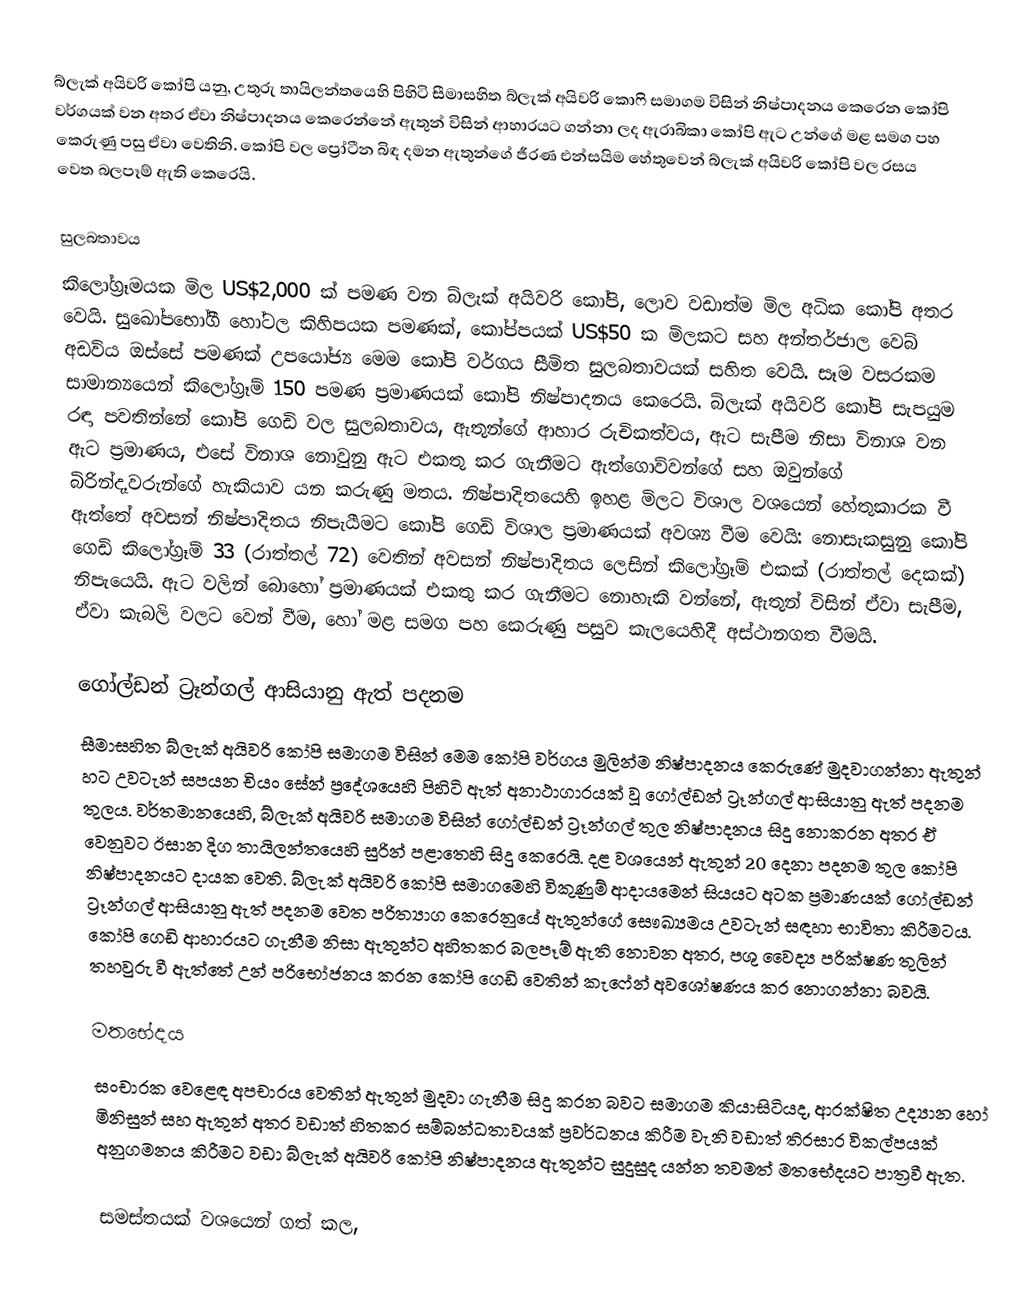
බ්ලැක් අයිවරි කෝපි යනු, උතුරු තායිලන්තයෙහි පිහිටි සීමාසහිත බ්ලැක් අයිවරි කොෆි සමාගම විසින් නිෂ්පාදනය කෙරෙන  කෝපි වර්ගයක් වන අතර ඒවා නිෂ්පාදනය කෙරෙන්නේ  ඇතුන් විසින් ආහාරයට ගන්නා ලද  ඇරාබිකා කෝපි ඇට  උන්ගේ මළ සමග පහ කෙරුණු පසු ඒවා වෙතිනි.   කෝපි වල ප්‍රෝටීන බිඳ දමන ඇතුන්ගේ ජීරණ එන්සයිම හේතුවෙන් බ්ලැක් අයිවරි කෝපි වල රසය වෙත බලපෑම් ඇති කෙරෙයි.

සුලබතාවය
කිලෝග්‍රෑමයක මිල US$2,000  ක් පමණ වන  බ්ලැක් අයිවරි කෝපි, ලොව වඩාත්ම මිල අධික කෝපි අතර වෙයි.  සුඛෝපභෝගී හෝටල කිහිපයක පමණක්, කෝප්පයක් US$50 ක මිලකට සහ අන්තර්ජාල වෙබ් අඩවිය ඔස්සේ පමණක් උපයෝජ්‍ය මෙම කෝපි වර්ගය සීමිත සුලබතාවයක් සහිත වෙයි.  සෑම වසරකම සාමාන්‍යයෙන් කිලෝග්‍රෑම් 150 පමණ ප්‍රමාණයක් කෝපි නිෂ්පාදනය කෙරෙයි.  බ්ලැක් අයිවරි කෝපි සැපයුම රඳා පවතින්නේ කෝපි ගෙඩි වල සුලබතාවය, ඇතුන්ගේ ආහාර රුචිකත්වය, ඇට සැපීම නිසා විනාශ වන ඇට ප්‍රමාණය, එසේ විනාශ නොවුනු ඇට එකතු කර ගැනීමට ඇත්ගොව්වන්ගේ සහ ඔවුන්ගේ බිරින්දෑවරුන්ගේ හැකියාව යන කරුණු මතය. නිෂ්පාදිතයෙහි ඉහළ මිලට විශාල වශයෙන් හේතුකාරක වී ඇත්තේ අවසන් නිෂ්පාදිතය නිපැයීමට කෝපි ගෙඩි විශාල ප්‍රමාණයක් අවශ්‍ය වීම වෙයි:  නොසැකසුනු කෝපි ගෙඩි කිලෝග්‍රෑම් 33 (රාත්තල් 72) වෙතින් අවසන් නිෂ්පාදිතය ලෙසින් කිලෝග්‍රෑම් එකක් (රාත්තල් දෙකක්) නිපැයෙයි. ඇට වලින් බොහෝ ප්‍රමාණයක් එකතු කර ගැනීමට නොහැකි වන්නේ, ඇතුන් විසින් ඒවා සැපීම, ඒවා කැබලි වලට වෙන් වීම, හෝ මළ සමග පහ කෙරුණු පසුව කැලයෙහිදී අස්ථානගත වීමයි.

ගෝල්ඩන් ට්‍රෑන්ගල් ආසියානු ඇත් පදනම
සීමාසහිත බ්ලැක් අයිවරි කෝපි සමාගම විසින් මෙම කෝපි වර්ගය මුලින්ම නිෂ්පාදනය කෙරුණේ මුදවාගන්නා ඇතුන් හට උවටැන් සපයන  චියං සේන් ප්‍රදේශයෙහි පිහිටි ඇත් අනාථාගාරයක් වූ ගෝල්ඩන් ට්‍රෑන්ගල් ආසියානු ඇත් පදනම තුලය.  වර්තමානයෙහි, බ්ලැක් අයිවරි සමාගම විසින් ගෝල්ඩන් ට්‍රෑන්ගල් තුල නිෂ්පාදනය සිදු නොකරන අතර ඒ වෙනුවට ඊසාන දිග තායිලන්තයෙහි සුරින් පළාතෙහි සිදු කෙරෙයි.  දළ වශයෙන් ඇතුන් 20 දෙනා පදනම තුල කෝපි නිෂ්පාදනයට දායක වෙති.  බ්ලැක් අයිවරි කෝපි සමාගමෙහි විකුණුම් ආදායමෙන් සියයට අටක ප්‍රමාණයක් ගෝල්ඩන් ට්‍රෑන්ගල් ආසියානු ඇත් පදනම වෙත පරිත්‍යාග කෙරෙනුයේ ඇතුන්ගේ සෞඛ්‍යමය උවටැන් සඳහා භාවිතා කිරීමටය.  කෝපි ගෙඩි ආහාරයට ගැනීම නිසා ඇතුන්ට අහිතකර බලපෑම් ඇති නොවන අතර,  පශු වෛද්‍ය පරික්ෂණ තුලින් තහවුරු වී ඇත්තේ උන් පරිභෝජනය කරන කෝපි ගෙඩි වෙතින් කැෆේන් අවශෝෂණය කර නොගන්නා බවයි.

මතභේදය
සංචාරක වෙළෙඳ අපචාරය වෙතින් ඇතුන් මුදවා ගැනීම සිදු කරන බවට සමාගම කියාසිටියද, ආරක්ෂිත උද්‍යාන හෝ මිනිසුන් සහ ඇතුන් අතර වඩාත් හිතකර සම්බන්ධතාවයක් ප්‍රවර්ධනය කිරීම වැනි වඩාත් තිරසාර විකල්පයක් අනුගමනය කිරීමට වඩා බ්ලැක් අයිවරි කෝපි නිෂ්පාදනය ඇතුන්ට සුදුසුද යන්න තවමත් මතභේදයට පාත්‍රවී ඇත.

සමස්තයක් වශයෙන් ගත් කල,